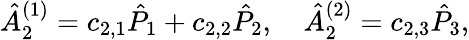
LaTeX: \hat{A}_{2}^{(1)}=c_{2,1}\hat{P}_{1}+c_{2,2}\hat{P}_{2},\quad\hat{A}_{2}^{(2)}=c_{2,3}\hat{P}_{3},